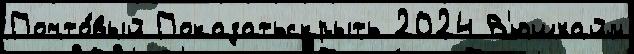
Почто́вый Показатьскрыть 2024 В'юшхайм